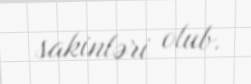
sakinləri olub.